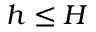
h \leq H